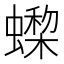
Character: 𧑇